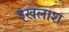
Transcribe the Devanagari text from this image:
इखलाश